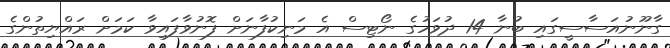
ގާނޫނުއަސާސީގައި ބުނާ 14 ދުވަހުގެ ނޯޓިސް އެ މަނިކުފާނަށް ފޮނުވާފައިވާ ކަމަށް ރައްޔިތުންގެ